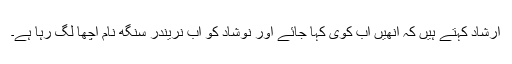
ارشاد کہتے ہیں کہ انھیں اب کوی کہا جائے اور نوشاد کو اب نریندر سنگھ نام اچھا لگ رہا ہے۔